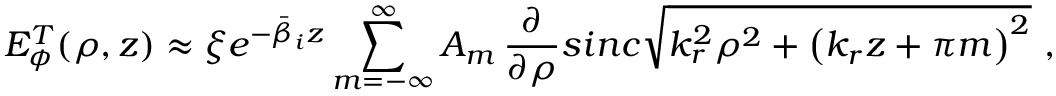
E _ { \phi } ^ { T } ( \rho , z ) \approx \xi e ^ { - \bar { \beta } _ { i } z } \sum _ { m = - \infty } ^ { \infty } A _ { m } \, \frac { \partial } { \partial \rho } s i n c \sqrt { k _ { r } ^ { 2 } \rho ^ { 2 } + \left( k _ { r } z + \pi m \right) ^ { 2 } } \, \, ,